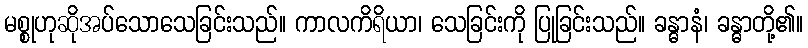
မစ္စုဟုဆိုအပ်သောသေခြင်းသည်။ ကာလကိရိယာ၊ သေခြင်းကို ပြုခြင်းသည်။ ခန္ဓာနံ၊ ခန္ဓာတို့၏။